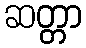
ဆတ္တာ